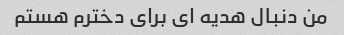
من دنبال هدیه ای برای دخترم هستم